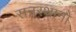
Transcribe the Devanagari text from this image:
सनस्थानो